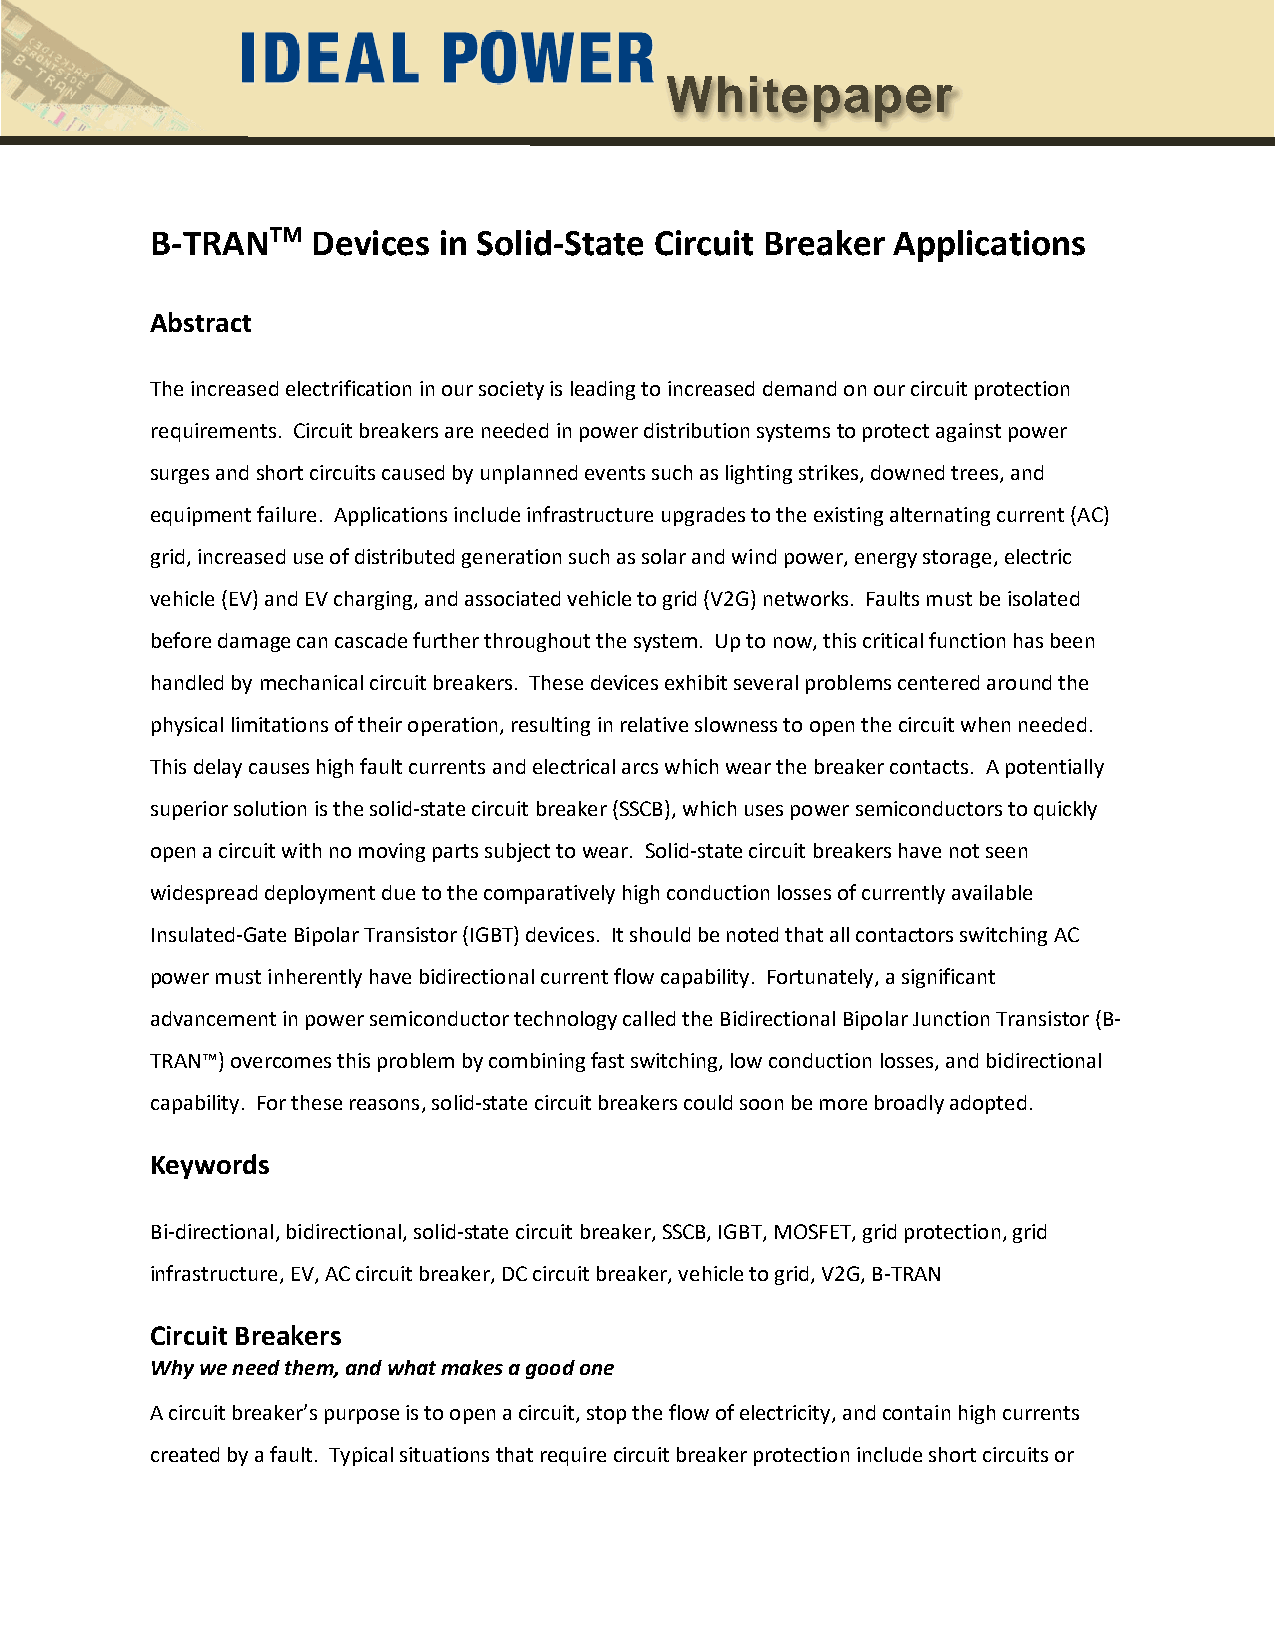
Whitepaper
 B-TRANTM   Devices in Solid-State Circuit Breaker Applications
 Abstract
 The increased electrification in our society is leading to increased demand on our circuit protection
 requirements. Circuit breakers are needed in power distribution systems to protect against power
 surges and short circuits caused by unplanned events such as lighting strikes, downed trees, and
 equipment failure. Applications include infrastructure upgrades to the existing alternating current (AC)
 grid, increased use of distributed generation such as solar and wind power, energy storage, electric
 vehicle (EV) and EV charging, and associated vehicle to grid (V2G) networks. Faults must be isolated
 before damage can cascade further throughout the system. Up to now, this critical function has been
 handled by mechanical circuit breakers. These devices exhibit several problems centered around the
 physical limitations of their operation, resulting in relative slowness to open the circuit when needed.
 This delay causes high fault currents and electrical arcs which wear the breaker contacts. A potentially
 superior solution is the solid-state circuit breaker (SSCB), which uses power semiconductors to quickly
 open a circuit with no moving parts subject to wear. Solid-state circuit breakers have not seen
 widespread deployment due to the comparatively high conduction losses of currently available
 Insulated-Gate Bipolar Transistor (IGBT) devices. It should be noted that all contactors switching AC
 power must inherently have bidirectional current flow capability. Fortunately, a significant
 advancement in power semiconductor technology called the Bidirectional Bipolar Junction Transistor (B-
 TRAN™) overcomes this problem by combining fast switching, low conduction losses, and bidirectional
 capability. For these reasons, solid-state circuit breakers could soon be more broadly adopted.
 Keywords
 Bi-directional, bidirectional, solid-state circuit breaker, SSCB, IGBT, MOSFET, grid protection, grid
 infrastructure, EV, AC circuit breaker, DC circuit breaker, vehicle to grid, V2G, B-TRAN
 Circuit Breakers
 Why we need them, and what makes a good one
 A circuit breaker’s purpose is to open a circuit, stop the flow of electricity, and contain high currents
 created by a fault. Typical situations that require circuit breaker protection include short circuits or